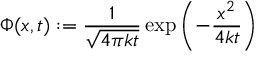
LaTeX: \Phi ( x , t ) : = { \frac { 1 } { \sqrt { 4 \pi k t } } } \exp \left( - { \frac { x ^ { 2 } } { 4 k t } } \right)